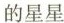
的星星